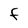
Character: F